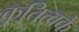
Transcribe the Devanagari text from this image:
कृतित्वके